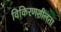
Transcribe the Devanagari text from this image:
विकिरणशीलता